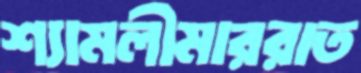
শ্যামলীমাররাত